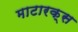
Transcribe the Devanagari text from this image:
माटारक्स